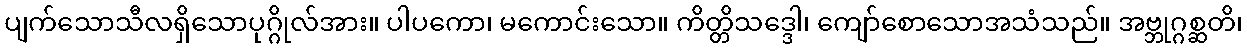
ပျက်သောသီလရှိသောပုဂ္ဂိုလ်အား။ ပါပကော၊ မကောင်းသော။ ကိတ္တိသဒ္ဒေါ၊ ကျော်စောသောအသံသည်။ အဗ္ဘုဂ္ဂစ္ဆတိ၊